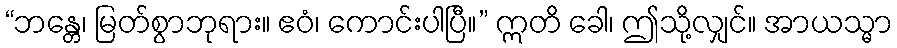
“ဘန္တေ၊ မြတ်စွာဘုရား။ ဧဝံ၊ ကောင်းပါပြီ။” ဣတိ ခေါ၊ ဤသို့လျှင်။ အာယသ္မာ